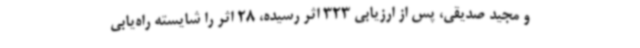
و مجید صدیقی، پس از ارزیابی 323 اثر رسیده، 28 اثر را شایسته راه‌یابی